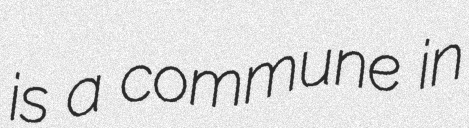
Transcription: is a commune in